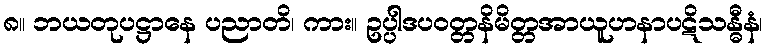
၈။ ဘယတုပဋ္ဌာနေ ပညာတိ၊ ကား။ ဥပ္ပါဒပဝတ္တနိမိတ္တအာယူဟနာပဋိသန္ဓီနံ၊